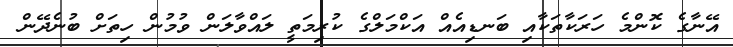
އޭނާގެ ކޮންމެ ހަރަކާތަކާއި ބަނޑިއެއް އަކްމަލްގެ ކުރިމަތީ ލައްވާލަން ވުމުން ހިތަށް ބުނެދޭން